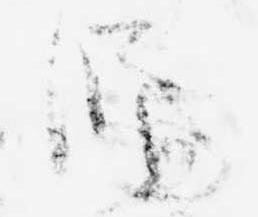
師